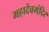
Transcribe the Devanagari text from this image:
महादेवमंदिर